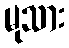
မုသား